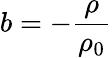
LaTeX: b=-\frac{\rho}{\rho_{0}}